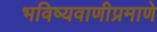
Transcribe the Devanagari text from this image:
भविष्यवाणीप्रमाणे